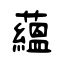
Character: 蘊